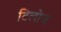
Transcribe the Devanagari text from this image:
टिलोज